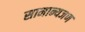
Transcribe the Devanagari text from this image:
सामान्यजण